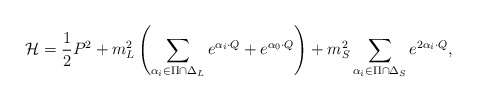
\begin{align*}{\cal H}={1\over2}P^2+m^2_L\left(\sum_{\alpha_i\in\Pi\cap\Delta_L} e^{\alpha_i\cdot Q} +e^{\alpha_0\cdot Q}\right)+ m^2_S\sum_{\alpha_i\in\Pi\cap\Delta_S}e^{2\alpha_i\cdot Q}, \end{align*}